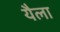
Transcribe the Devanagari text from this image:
यैला